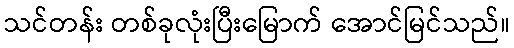
သင်တန်း တစ်ခုလုံးပြီးမြောက် အောင်မြင်သည်။